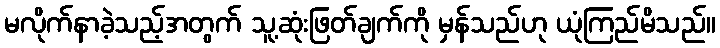
မလိုက်နာခဲ့သည့်အတွက် သူ့ဆုံးဖြတ်ချက်ကို မှန်သည်ဟု ယုံကြည်မိသည်။